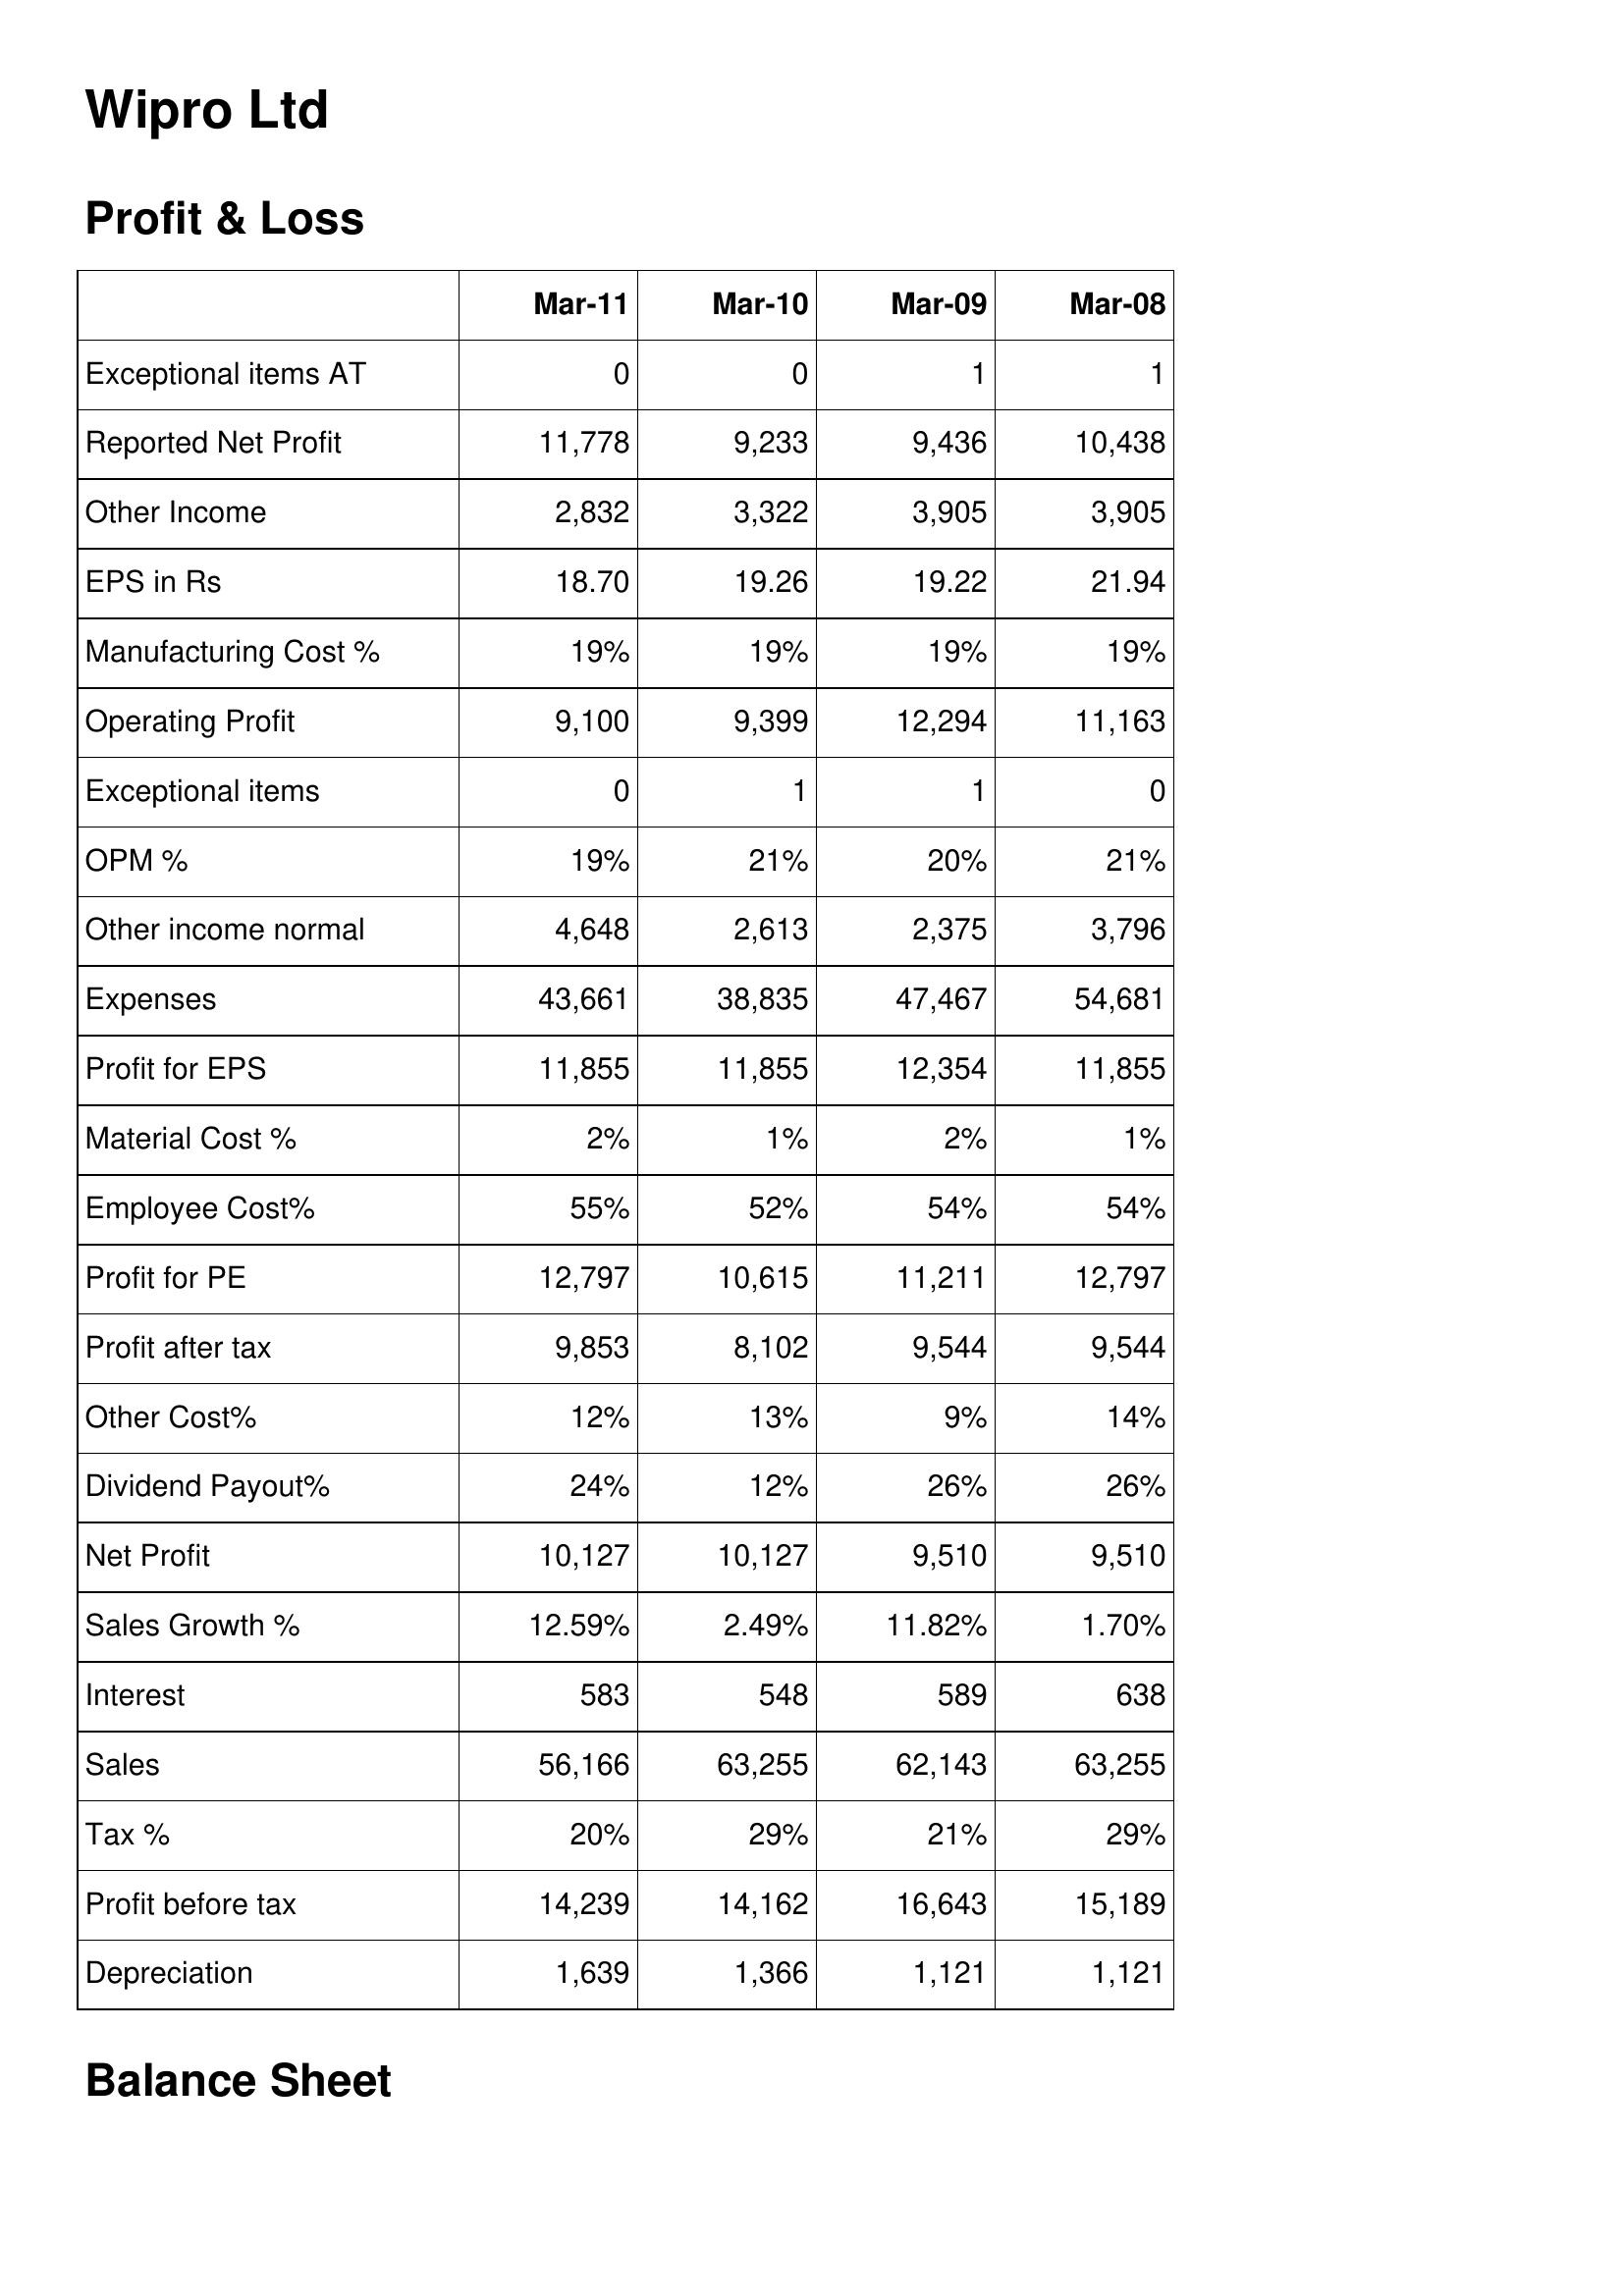
Mar-11: Profit & Loss: Exceptional items AT: 0
Reported Net Profit: 11,778
Other Income: 2,832
EPS in Rs: 18.70
Manufacturing Cost %: 19%
Operating Profit: 9,100
Exceptional items: 0
OPM %: 19%
Other income normal: 4,648
Expenses: 43,661
Profit for EPS: 11,855
Material Cost %: 2%
Employee Cost%: 55%
Profit for PE: 12,797
Profit after tax: 9,853
Other Cost%: 12%
Dividend Payout%: 24%
Net Profit: 10,127
Sales Growth %: 12.59%
Interest: 583
Sales: 56,166
Tax %: 20%
Profit before tax: 14,239
Depreciation: 1,639
Mar-10: Profit & Loss: Exceptional items AT: 0
Reported Net Profit: 9,233
Other Income: 3,322
EPS in Rs: 19.26
Manufacturing Cost %: 19%
Operating Profit: 9,399
Exceptional items: 1
OPM %: 21%
Other income normal: 2,613
Expenses: 38,835
Profit for EPS: 11,855
Material Cost %: 1%
Employee Cost%: 52%
Profit for PE: 10,615
Profit after tax: 8,102
Other Cost%: 13%
Dividend Payout%: 12%
Net Profit: 10,127
Sales Growth %: 2.49%
Interest: 548
Sales: 63,255
Tax %: 29%
Profit before tax: 14,162
Depreciation: 1,366
Mar-09: Profit & Loss: Exceptional items AT: 1
Reported Net Profit: 9,436
Other Income: 3,905
EPS in Rs: 19.22
Manufacturing Cost %: 19%
Operating Profit: 12,294
Exceptional items: 1
OPM %: 20%
Other income normal: 2,375
Expenses: 47,467
Profit for EPS: 12,354
Material Cost %: 2%
Employee Cost%: 54%
Profit for PE: 11,211
Profit after tax: 9,544
Other Cost%: 9%
Dividend Payout%: 26%
Net Profit: 9,510
Sales Growth %: 11.82%
Interest: 589
Sales: 62,143
Tax %: 21%
Profit before tax: 16,643
Depreciation: 1,121
Mar-08: Profit & Loss: Exceptional items AT: 1
Reported Net Profit: 10,438
Other Income: 3,905
EPS in Rs: 21.94
Manufacturing Cost %: 19%
Operating Profit: 11,163
Exceptional items: 0
OPM %: 21%
Other income normal: 3,796
Expenses: 54,681
Profit for EPS: 11,855
Material Cost %: 1%
Employee Cost%: 54%
Profit for PE: 12,797
Profit after tax: 9,544
Other Cost%: 14%
Dividend Payout%: 26%
Net Profit: 9,510
Sales Growth %: 1.70%
Interest: 638
Sales: 63,255
Tax %: 29%
Profit before tax: 15,189
Depreciation: 1,121